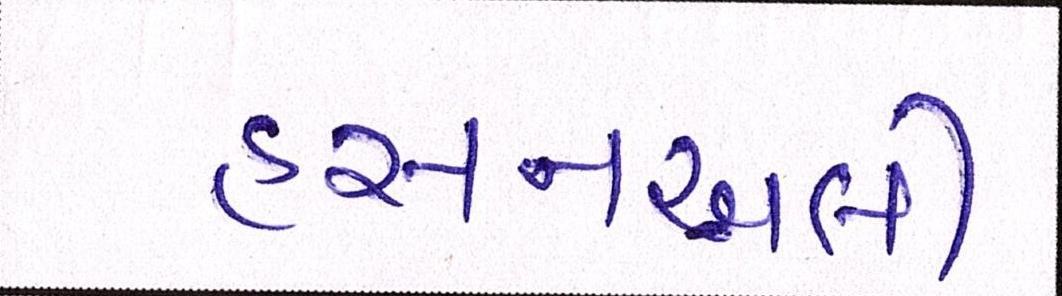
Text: હસનઅલી